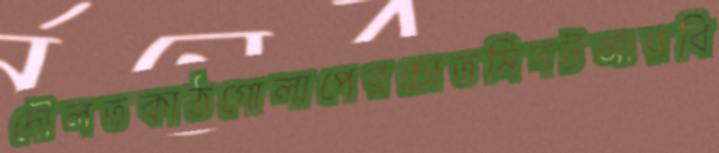
দৌলতকাঠগোলাপেরচোতমিনটআরবি